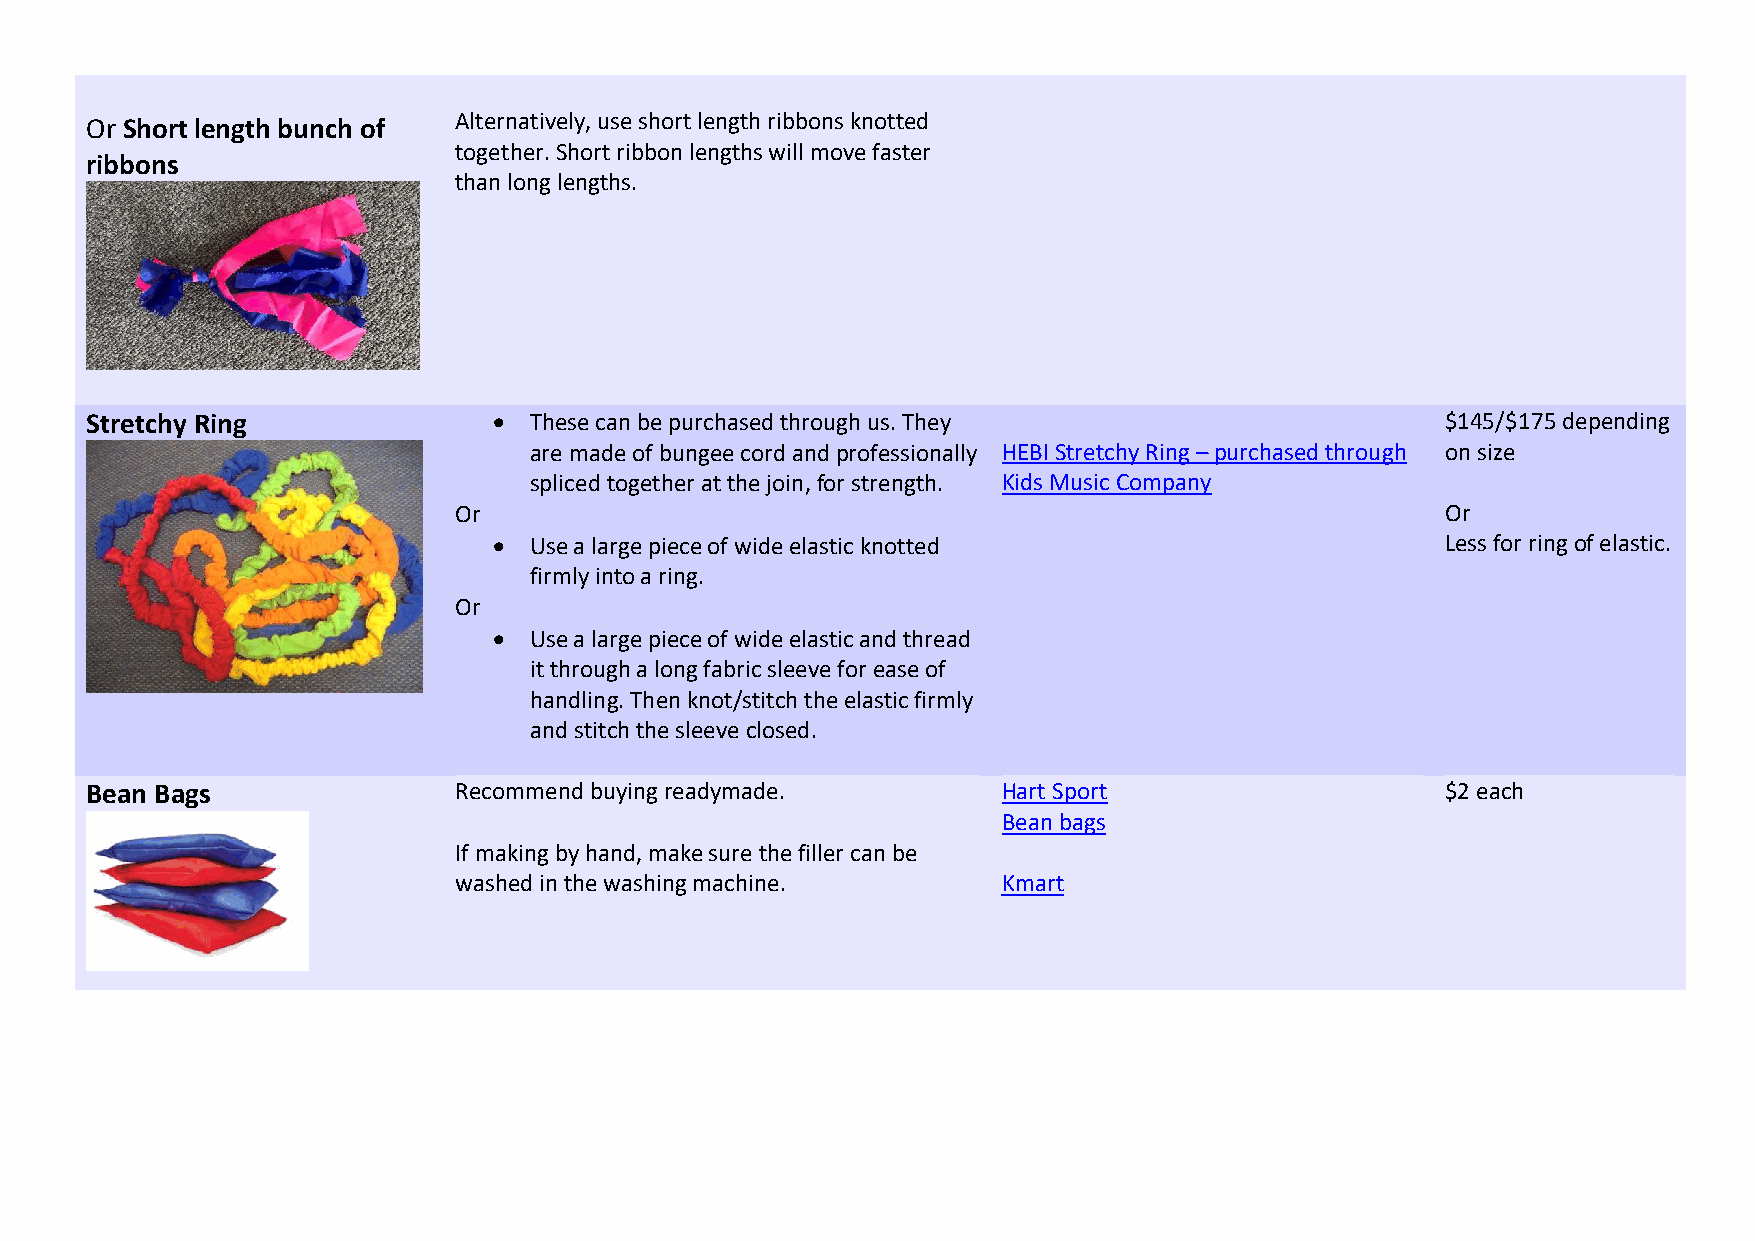
Or Short length bunch of Alternatively, use short length ribbons knotted
 together. Short ribbon lengths will move faster
 ribbons
 than long lengths.
 Stretchy Ring              • These can be purchased through us. They                      $145/$175 depending
 are made of bungee cord and professionally HEBI Stretchy Ring – purchased through on size
 spliced together at the join, for strength. Kids Music Company
 Or                                                                Or
 • Use a large piece of wide elastic knotted                    Less for ring of elastic.
 firmly into a ring.
 Or
 • Use a large piece of wide elastic and thread
 it through a long fabric sleeve for ease of
 handling. Then knot/stitch the elastic firmly
 and stitch the sleeve closed.
 Bean Bags               Recommend buying readymade.         Hart Sport                    $2 each
 Bean bags
 If making by hand, make sure the filler can be
 washed in the washing machine.      Kmart